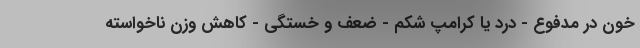
خون در مدفوع - درد یا کرامپ شکم - ضعف و خستگی - کاهش وزن ناخواسته